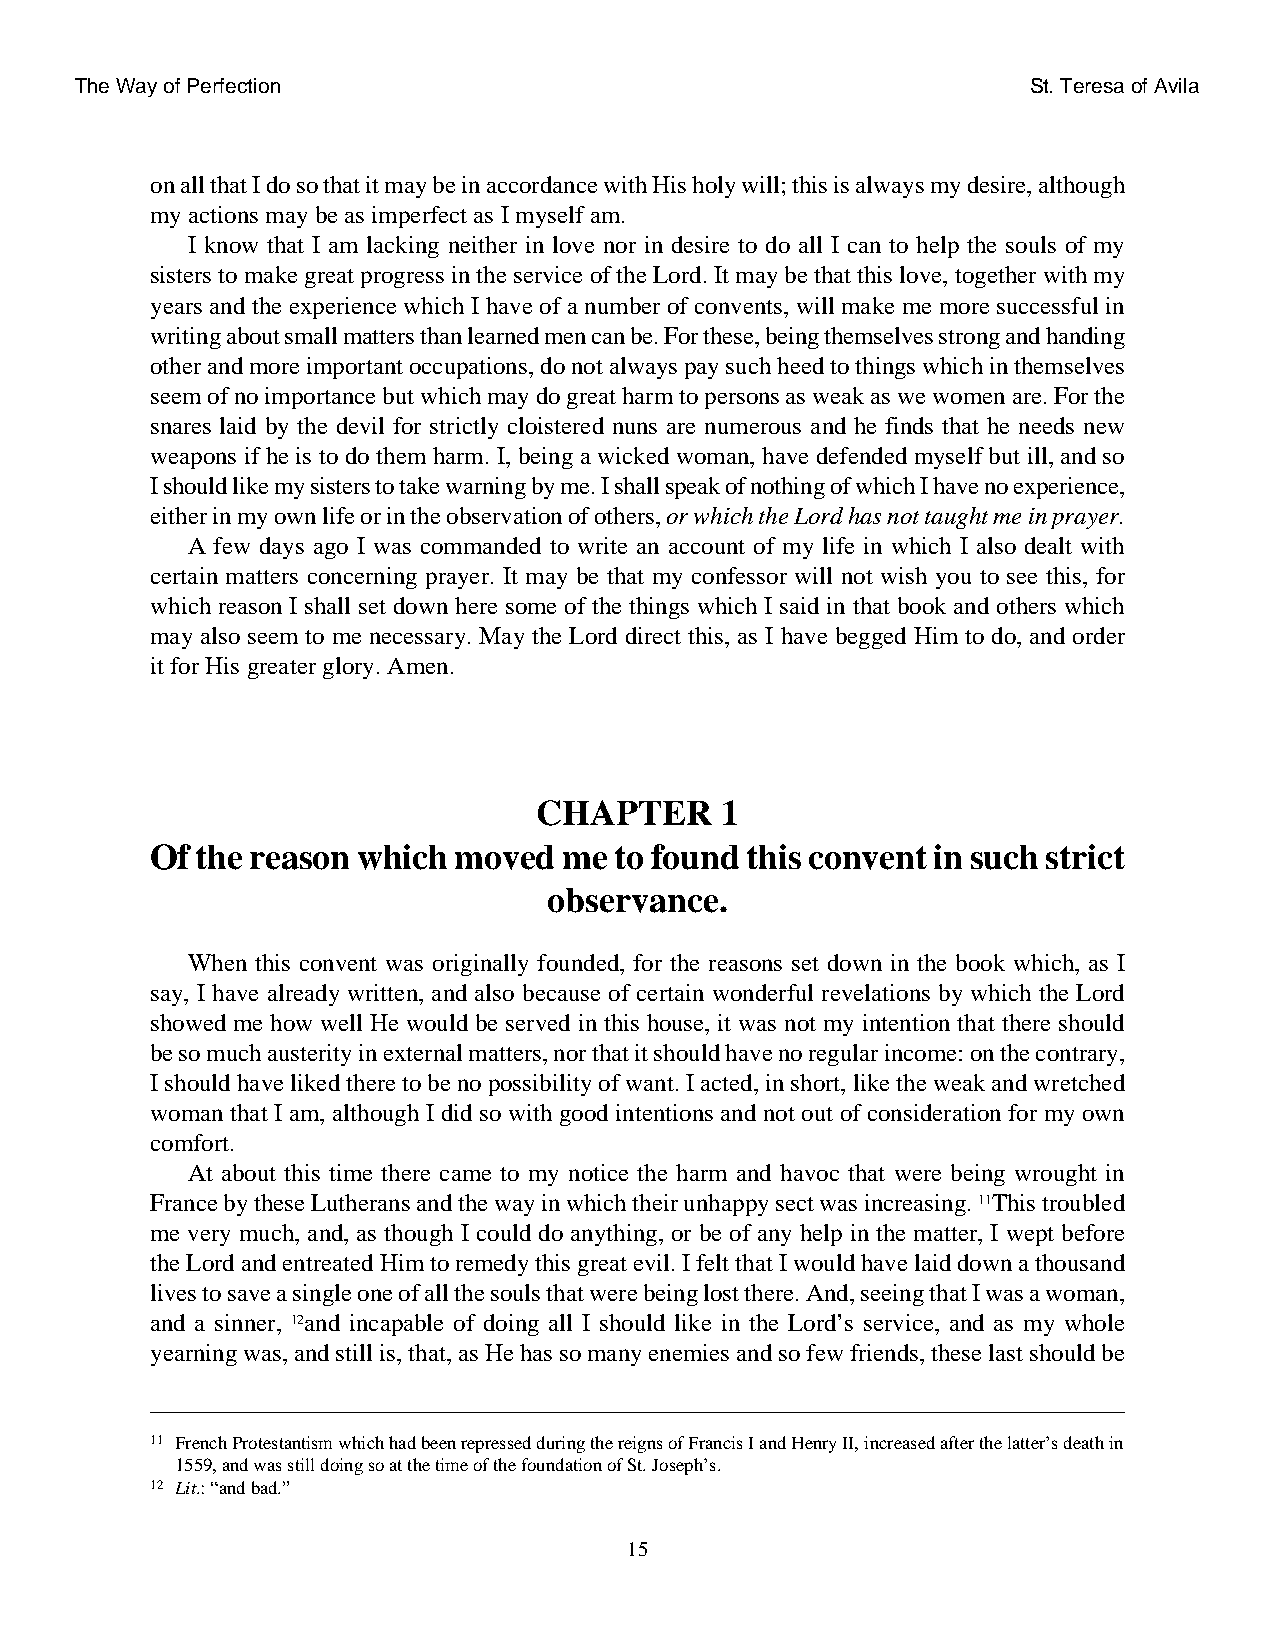
The Way of Perfection                                          St. Teresa of Avila
 on all that I do so that it may be in accordance with His holy will; this is always my desire, although
 my actions may be as imperfect as I myself am.
 I know that I am lacking neither in love nor in desire to do all I can to help the souls of my
 sisters to make great progress in the service of the Lord. It may be that this love, together with my
 years and the experience which I have of a number of convents, will make me more successful in
 writing about small matters than learned men can be. For these, being themselves strong and handing
 other and more important occupations, do not always pay such heed to things which in themselves
 seem of no importance but which may do great harm to persons as weak as we women are. For the
 snares laid by the devil for strictly cloistered nuns are numerous and he finds that he needs new
 weapons if he is to do them harm. I, being a wicked woman, have defended myself but ill, and so
 I should like my sisters to take warning by me. I shall speak of nothing of which I have no experience,
 either in my own life or in the observation of others, or which the Lord has not taught me in prayer.
 A few days ago I was commanded to write an account of my life in which I also dealt with
 certain matters concerning prayer. It may be that my confessor will not wish you to see this, for
 which reason I shall set down here some of the things which I said in that book and others which
 may also seem to me necessary. May the Lord direct this, as I have begged Him to do, and order
 it for His greater glory. Amen.
 CHAPTER      1
 Of the reason which moved  me  to found this convent in such strict
 observance.
 When this convent was originally founded, for the reasons set down in the book which, as I
 say, I have already written, and also because of certain wonderful revelations by which the Lord
 showed me how well He would be served in this house, it was not my intention that there should
 be so much austerity in external matters, nor that it should have no regular income: on the contrary,
 I should have liked there to be no possibility of want. I acted, in short, like the weak and wretched
 woman that I am, although I did so with good intentions and not out of consideration for my own
 comfort.
 At about this time there came to my notice the harm and havoc that were being wrought in
 France by these Lutherans and the way in which their unhappy sect was increasing. 11This troubled
 me very much, and, as though I could do anything, or be of any help in the matter, I wept before
 the Lord and entreated Him to remedy this great evil. I felt that I would have laid down a thousand
 lives to save a single one of all the souls that were being lost there. And, seeing that I was a woman,
 and a sinner, 12and incapable of doing all I should like in the Lord’s service, and as my whole
 yearning was, and still is, that, as He has so many enemies and so few friends, these last should be
 11 French Protestantism which had been repressed during the reigns of Francis I and Henry II, increased after the latter’s death in
 1559, and was still doing so at the time of the foundation of St. Joseph’s.
 12 Lit.: “and bad.”
 15